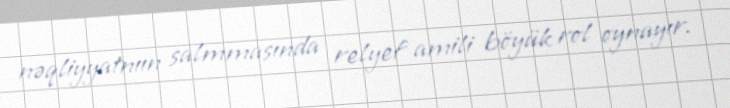
nəqliyyatnıın salmmasında relyef amili böyük rol oynayır.